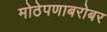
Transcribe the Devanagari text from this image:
मोठेपणाबरोबर